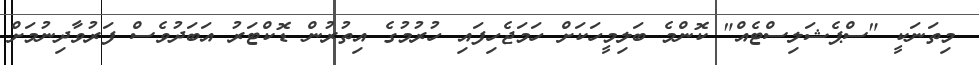
މިތަނަކީ "ސްޕެޝަލިސްޓެއް" ކޮންމެ ބަލިމީހަކަށް ހަމަޖެހިފައި ހުރުމުގެ އިތުރުން ޑޮކްޓަރު އަބަދުވެސް ފަރުވާދިނުމަށް